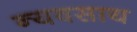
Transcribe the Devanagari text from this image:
न्यवसाय